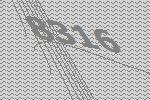
8316